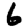
Digit: 6